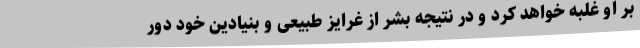
بر او غلبه خواهد کرد و در نتیجه بشر از غرایز طبیعی و بنیادین خود دور